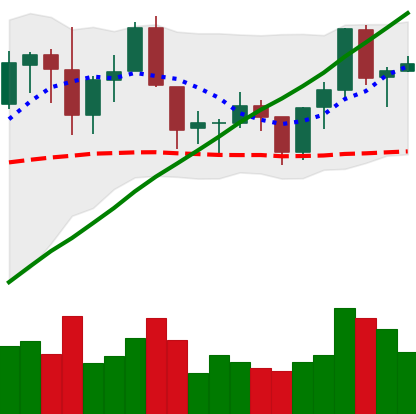
Ticker: ADA-USD
Chart end date: 2019-06-15
Forward return: -4.688%
Label: down_3_5